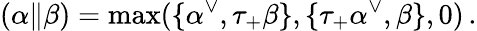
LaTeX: (\alpha\| \beta)=\operatorname*{max}(\{ \alpha^{\vee},\tau_{+}\beta\} ,\{ \tau_{+}\alpha^{\vee},\beta\} ,0)\, .